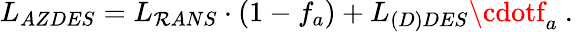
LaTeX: L_{AZDES}=L_{\mathcal{R}ANS}\cdot(1-f_{a})+L_{(D)DES}\cdotf_{a}\mathrm{{~.~}}